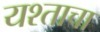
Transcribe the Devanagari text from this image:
यश्ताचा